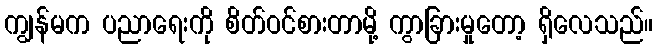
ကျွန်မက ပညာရေးကို စိတ်ဝင်စားတာမို့ ကွာခြားမှုတော့ ရှိလေသည်။